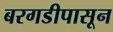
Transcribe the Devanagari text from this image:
बरगडीपासून